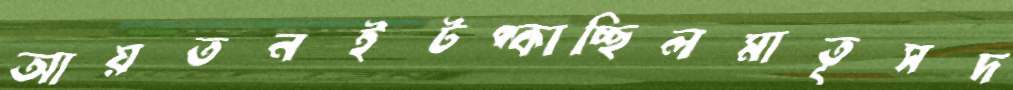
আয়তনইটপ্‌কাচ্ছিলমাতৃসদ